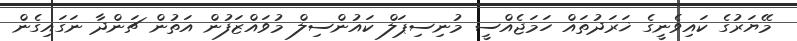
މޭޔަރުގެ ކައިވެނީގެ ޚަރަދުތައް ހަމަޖެއްސީ މުނިސިޕަލް ކައުންސިލް މުވައްޒަފުން އަތުން ޗަންދާ ނަަގައިގެން